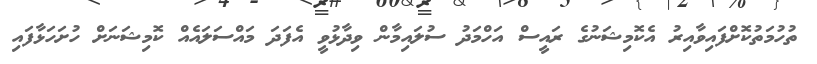
ތުހުމަތުކޮށްފައިވާއިރު އެކޮމިޝަނުގެ ރައީސް އަހްމަދު ސުލައިމާން ވިދާޅުވީ އެފަދަ މައްސަލައެއް ކޮމިޝަނަށް ހުށަހަޅާފައި